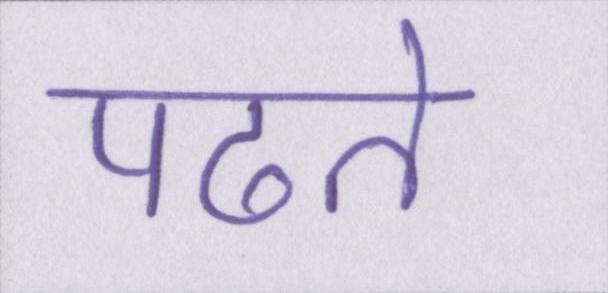
पढते